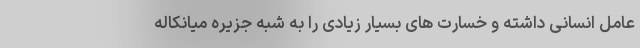
عامل انسانی داشته و خسارت های بسیار زیادی را به شبه جزیره میانکاله